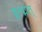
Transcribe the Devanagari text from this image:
ड्डत्द्मत्त्